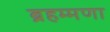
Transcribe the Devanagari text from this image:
ब्रहम्मणा